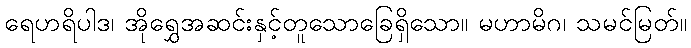
ရေဟရိပါဒ၊ အိုရွှေအဆင်းနှင့်တူသောခြေရှိသော။ မဟာမိဂ၊ သမင်မြတ်။